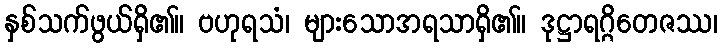
နှစ်သက်ဖွယ်ရှိ၏။ ဗဟုရသံ၊ များသောအရသာရှိ၏။ ဒုဋ္ဌာရဂ္ဂိတေဇဿ၊